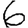
Digit: 6